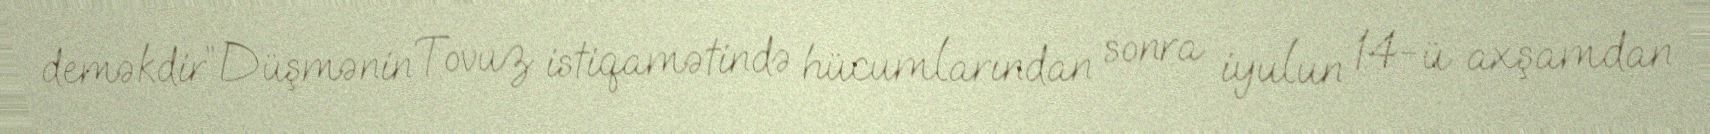
deməkdir”Düşmənin Tovuz istiqamətində hücumlarından sonra iyulun 14-ü axşamdan